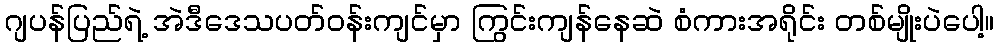
ဂျပန်ပြည်ရဲ့ အဲဒီဒေသပတ်ဝန်းကျင်မှာ ကြွင်းကျန်နေဆဲ စံကားအရိုင်း တစ်မျိုးပဲပေါ့။